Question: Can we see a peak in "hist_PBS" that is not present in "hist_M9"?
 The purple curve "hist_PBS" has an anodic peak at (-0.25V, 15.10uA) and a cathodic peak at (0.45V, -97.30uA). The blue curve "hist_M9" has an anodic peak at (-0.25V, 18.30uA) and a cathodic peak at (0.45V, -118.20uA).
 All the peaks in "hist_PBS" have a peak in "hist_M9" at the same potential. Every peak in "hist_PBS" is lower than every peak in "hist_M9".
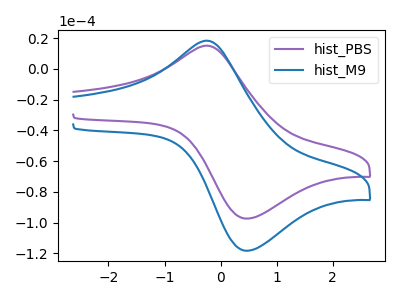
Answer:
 <answer>No, "hist_PBS" and "hist_M9" don't appear to be significantly different in shape</answer>
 <eval>no_change</eval>